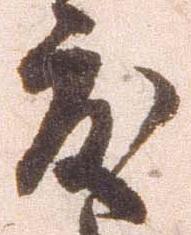
度